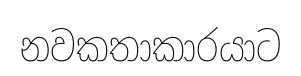
නවකතාකාරයාට